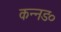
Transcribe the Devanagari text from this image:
कन्नड०